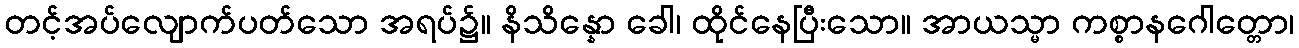
တင့်အပ်လျောက်ပတ်သော အရပ်၌။ နိသိန္နော ခေါ၊ ထိုင်နေပြီးသော။ အာယသ္မာ ကစ္စာနဂေါတ္တော၊